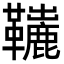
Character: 𩍽